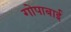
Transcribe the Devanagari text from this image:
गोपाबाई